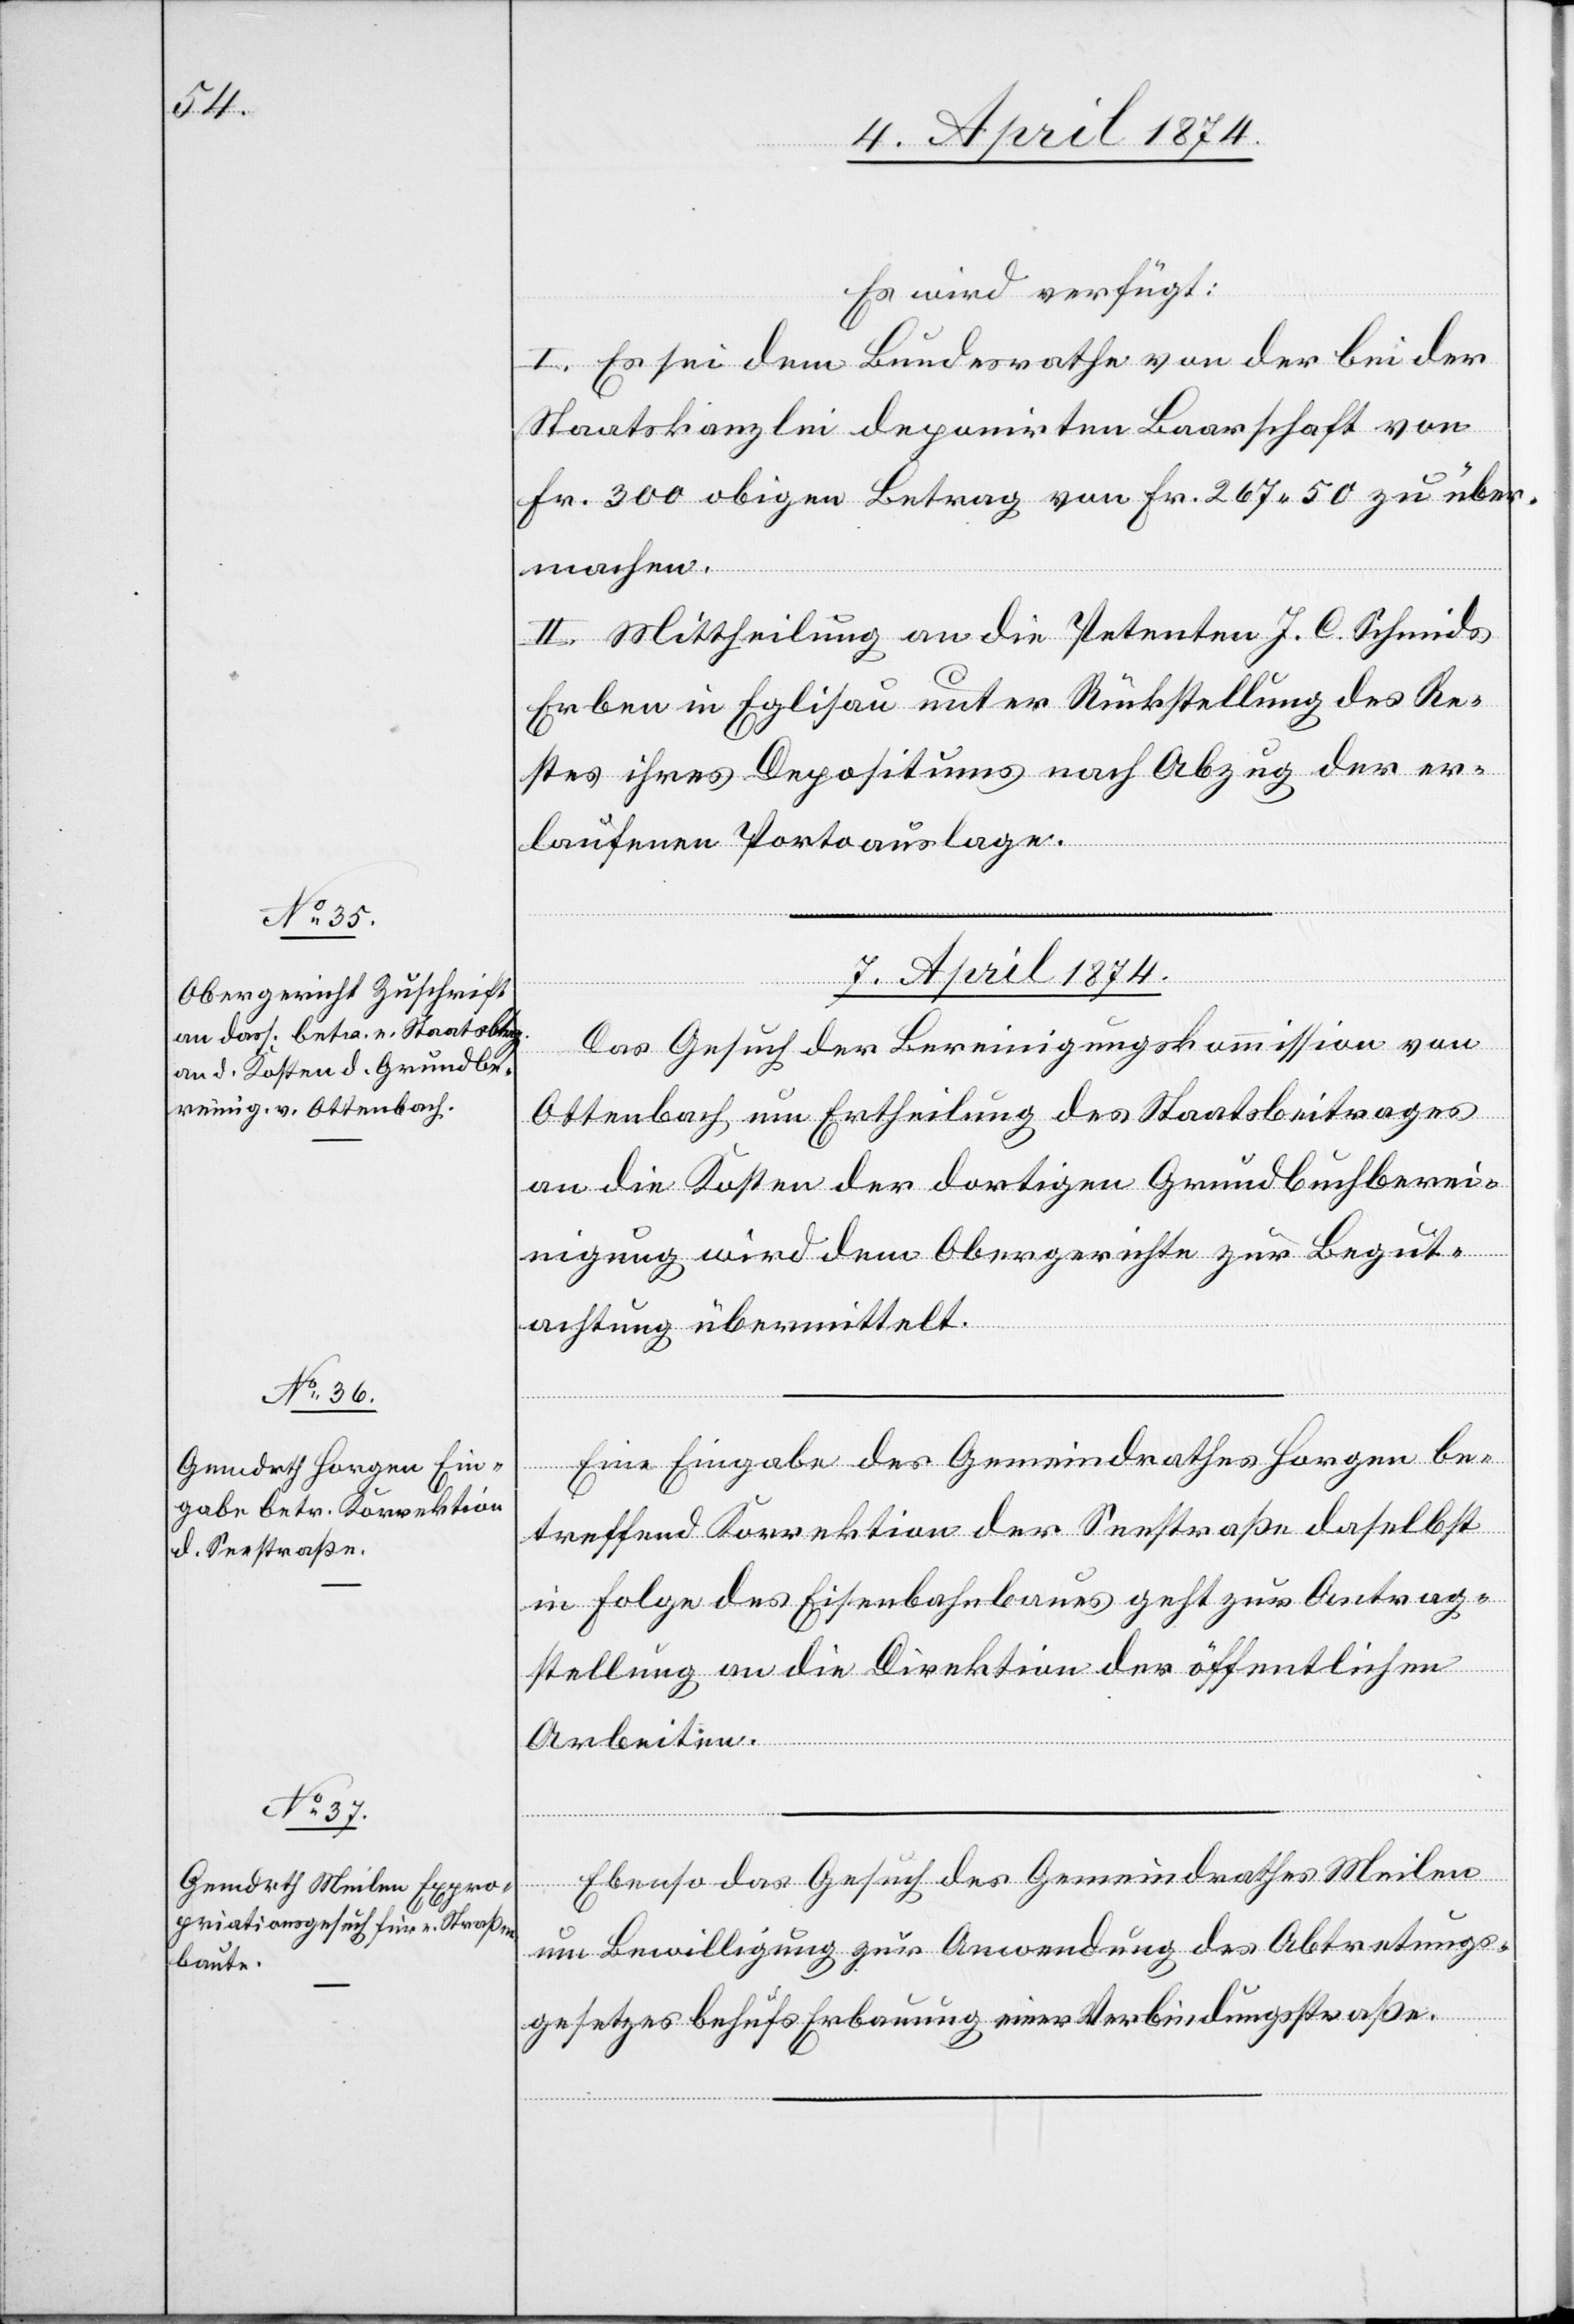
Es wird verfügt:
I. Es sei dem Bundesrathe von der bei der
Staatskanzlei deponirten Baarschaft von
Fr. 300 obiger Betrag von Fr. 267.50 zu über¬
machen.
II. Mittheilung an die Petenten J. C. Schmids
Erben in Eglisau unter Rückstellung des Re¬
stes ihres Depositums nach Abzug der er¬
laufenen Portoauslagen.
7. April 1874.]
Das Gesuch der Bereinigungskommission von
Ottenbach um Ertheilung des Staatsbeitrages
an die Kosten der dortigen Grundbuchberei¬
nigung wird dem Obergerichte zur Begut¬
rfügungen
achtung übermittelt.
Eine Eingabe des Gemeindrathes Horgen be¬
treffend Korrektion der Seestraße daselbst
in Folge des Eisenbahnbaues geht zur Antrag¬
stellung an die Direktion der öffentlichen
Arbeiten.
Ebenso das Gesuch des Gemeindrathes Meilen
um Bewilligung zur Anwendung des Abtretungs¬
gesetzes behufs Erbauung einer Verbindungsstraße.